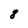
Character: 8